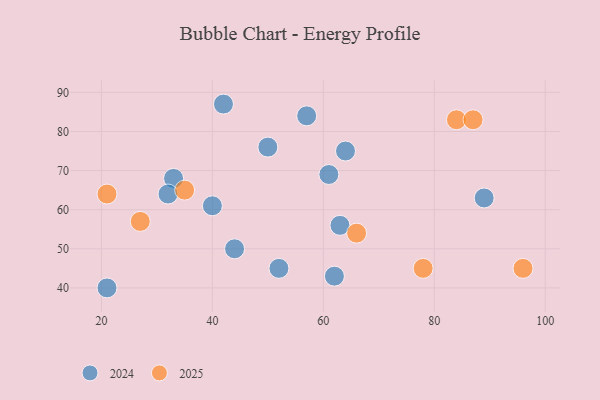
{"axis": {"x": "GDP", "y": "Life Expectancy"}, "legend": ["2024", "2025"], "data": [{"x": "27", "y": 57, "type": "2025"}, {"x": "21", "y": 64, "type": "2025"}, {"x": "84", "y": 83, "type": "2025"}, {"x": "96", "y": 45, "type": "2025"}, {"x": "66", "y": 54, "type": "2025"}, {"x": "87", "y": 83, "type": "2025"}, {"x": "78", "y": 45, "type": "2025"}, {"x": "35", "y": 65, "type": "2025"}, {"x": "61", "y": 69, "type": "2024"}, {"x": "52", "y": 45, "type": "2024"}, {"x": "40", "y": 61, "type": "2024"}, {"x": "44", "y": 50, "type": "2024"}, {"x": "50", "y": 76, "type": "2024"}, {"x": "57", "y": 84, "type": "2024"}, {"x": "64", "y": 75, "type": "2024"}, {"x": "62", "y": 43, "type": "2024"}, {"x": "63", "y": 56, "type": "2024"}, {"x": "42", "y": 87, "type": "2024"}, {"x": "89", "y": 63, "type": "2024"}, {"x": "21", "y": 40, "type": "2024"}, {"x": "33", "y": 68, "type": "2024"}, {"x": "32", "y": 64, "type": "2024"}]}